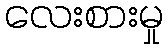
လေးစားမှု